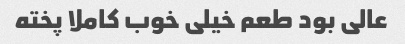
عالی بود طعم خیلی خوب کاملا پخته